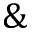
\&